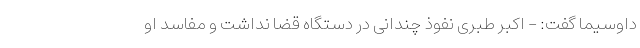
داوسیما گفت: - اکبر طبری نفوذ چندانی در دستگاه قضا نداشت و مفاسد او